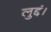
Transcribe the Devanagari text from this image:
लुद्दं।